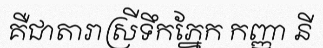
គឺជាតារាស្រីទឹកភ្នែក កញ្ញា នី